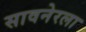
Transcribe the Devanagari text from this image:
सावनेरला